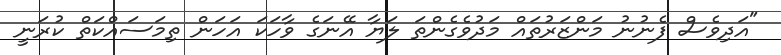
"އަދިވެސް ފެނުނު މަންޒަރުތައް މަދުވެގެންތަ ލަޔާ އޭނަގެ ވާހަކަ އަހަން ތިމަސައްކަތް ކުރަނީ